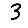
Digit: 3